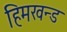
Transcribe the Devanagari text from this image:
हिमखन्ड